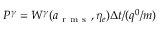
P ^ { \gamma } = W ^ { \gamma } ( a _ { \mathrm { ~ r ~ m ~ s ~ } } , \eta _ { e } ) \Delta t / ( q ^ { 0 } / m )